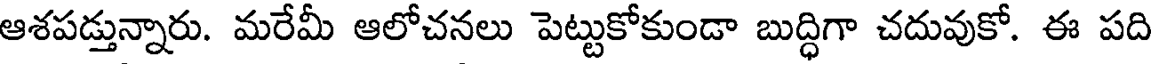
ఆశపడ్తున్నారు. మరేమీ ఆలోచనలు పెట్టుకోకుండా బుద్ధిగా చదువుకో. ఈ పది